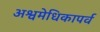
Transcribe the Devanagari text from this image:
अश्वमेधिकापर्व